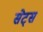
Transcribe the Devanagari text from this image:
सेट्‌स